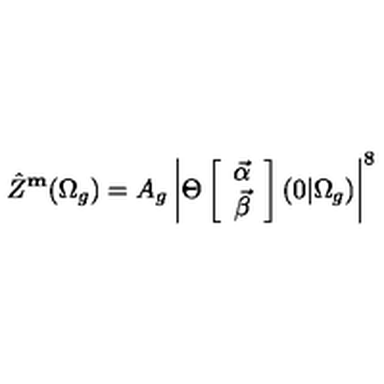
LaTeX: \hat { Z } ^ { \bf m } ( \Omega _ { g } ) = A _ { g } \left| \Theta \left[ \begin{array} { c } { { \vec { \alpha } } } \\ { { \vec { \beta } } } \\ \end{array} \right] ( 0 \vert \Omega _ { g } ) \right| ^ { 8 }